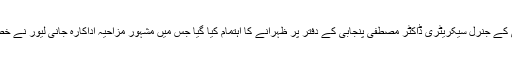
اس سے قبل مجروح اکیڈمی کے جنرل سیکریٹری ڈاکٹر مصطفی پنجابی کے دفتر پر ظہرانے کا اہتمام کیا گیا جس میں مشہور مزاحیہ اداکارہ جانی لیور نے خصوصی طور پر شرکت کی۔